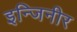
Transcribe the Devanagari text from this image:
इन्जिनीर